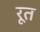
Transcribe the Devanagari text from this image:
रूत